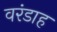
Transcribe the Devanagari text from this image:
वरंडाह